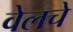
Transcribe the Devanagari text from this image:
वेलचे